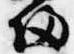
帰